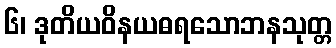
၆၊ ဒုတိယဝိနယဓရသောဘနသုတ္တ